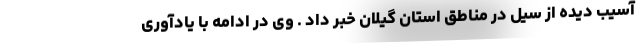
آسیب دیده از سیل در مناطق استان گیلان خبر داد . وی در ادامه با یادآوری